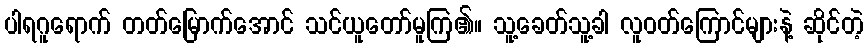
ပါရဂူရောက် တတ်မြောက်အောင် သင်ယူတော်မူကြ၏။ သူ့ခေတ်သူ့ခါ လူဝတ်ကြောင်များနဲ့ ဆိုင်တဲ့